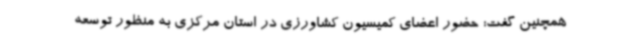
همچنین گفت: حضور اعضای کمیسیون کشاورزی در استان مرکزی به منظور توسعه